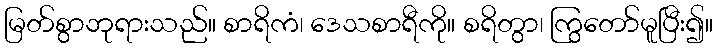
မြတ်စွာဘုရားသည်။ စာရိကံ၊ ဒေသစာရီကို။ စရိတွာ၊ ကြွတော်မူပြီး၍။